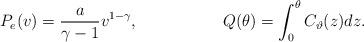
LaTeX: \begin{align*}&P_e(v)=\frac{a}{\gamma-1}v^{1-\gamma}, &Q(\theta)=\int_0^\theta C_\vartheta (z)dz.\end{align*}